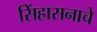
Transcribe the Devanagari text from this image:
सिंहासनाचे